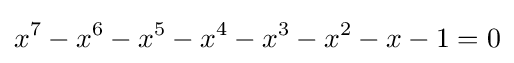
x^{7}-x^{6}-x^{5}-x^{4}-x^{3}-x^{2}-x-1=0